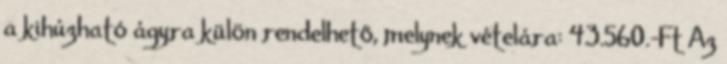
a kihúzható ágyra külön rendelhető, melynek vételára: 43.560.-Ft Az